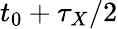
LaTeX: t_{0}+\tau_{X}/2